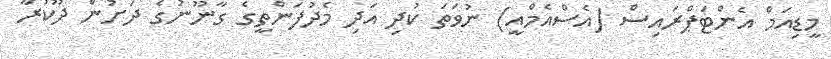
މީޑިއަމް އެންޓަޕްރައިސް (އެސްއެމްއީ) ނުވަތަ ކުދި އަދި މެދުފަންތީގެ ގާނޫނުގެ ދަށުން ދޫކުރާ